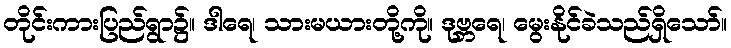
တိုင်းကားပြည်ရွာ၌။ ဒါရေ၊ သားမယားတို့ကို။ ဒုဗ္ဘရေ၊ မွေးနိုင်ခဲသည်ရှိသော်။